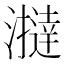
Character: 𤃧